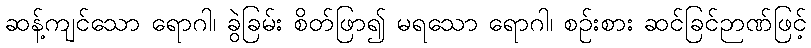
ဆန့်ကျင်သော ရောဂါ၊ ခွဲခြမ်း စိတ်ဖြာ၍ မရသော ရောဂါ၊ စဉ်းစား ဆင်ခြင်ဉာဏ်ဖြင့်